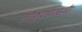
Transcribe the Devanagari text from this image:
लॉफ़्टहाउसऔर